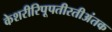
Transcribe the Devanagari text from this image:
केशरीरिपूपतीरतीअंतक